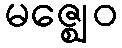
မဇ္ဈေဝ